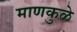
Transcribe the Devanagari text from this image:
माणकुळे